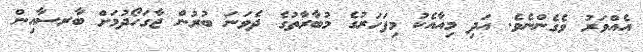
އެއްވަރު ވެގެންނެވެ. އަދި މިއާއެކު މިފަހަރުގެ މުބާރާތުގެ ދެވަނަ ބުރުން ޖާގަހޯދުމަށް ބާރސާއިން